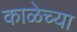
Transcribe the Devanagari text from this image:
काळेच्या